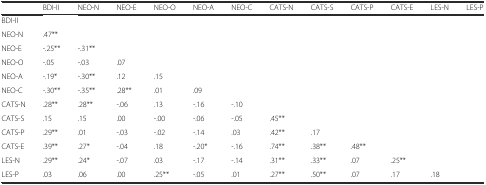
|  | BDI-II | NEO-N | NEO-E | NEO-O | NEO-A | NEO-C | CATS-N | CATS-S | CATS-P | CATS-E | LES-N | LES-P |
 | --- | --- | --- | --- | --- | --- | --- | --- | --- | --- | --- | --- | --- |
 | BDI-II |  |  |  |  |  |  |  |  |  |  |  |  |
 | NEO-N | .47** |  |  |  |  |  |  |  |  |  |  |  |
 | NEO-E | -.25** | -.31** |  |  |  |  |  |  |  |  |  |  |
 | NEO-O | -.05 | -.03 | .07 |  |  |  |  |  |  |  |  |  |
 | NEO-A | -.19* | -.30** | .12 | .15 |  |  |  |  |  |  |  |  |
 | NEO-C | -.30** | -.35** | .28** | .01 | .09 |  |  |  |  |  |  |  |
 | CATS-N | .28** | .28** | -.06 | .13 | -.16 | -.10 |  |  |  |  |  |  |
 | CATS-S | .15 | .15 | .00 | -.00 | -.06 | -.05 | .45** |  |  |  |  |  |
 | CATS-P | .29** | .01 | -.03 | -.02 | -.14 | .03 | .42** | .17 |  |  |  |  |
 | CATS-E | .39** | .27* | -.04 | .18 | -.20* | -.16 | .74** | .38** | .48** |  |  |  |
 | LES-N | .29** | .24* | -.07 | .03 | -.17 | -.14 | .31** | .33** | .07 | .25** |  |  |
 | LES-P | .03 | .06 | .00 | .25** | -.05 | .01 | .27** | .50** | .07 | .17 | .18 |  |